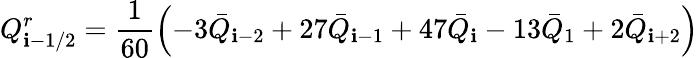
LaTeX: Q_{\mathbf{i}-1/2}^{r}=\frac{{1}}{{60}}\left(-3{{{\bar{{Q}}}}_{\mathbf{i}-2}}+27{{{\bar{{Q}}}}_{\mathbf{i}-1}}+47{{{\bar{{Q}}}}_{\mathbf{i}}}-13{{{\bar{{Q}}}}_{1}}+2{{{\bar{{Q}}}}_{\mathbf{i}+2}}\right)